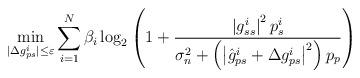
LaTeX: \begin{align*}\min_{|\Delta g_{ps}^i|\leq \varepsilon} &\sum_{i=1}^{N} \beta _{i}\log_{2}\left ( 1+\frac{\left | g_{ss}^{i} \right |^{2}p_s^{i}}{\sigma_n^2+\left(\left| \hat{g}_{ps}^{i}+\Delta g^i_{ps} \right|^{2}\right)p_{p} } \right )\end{align*}